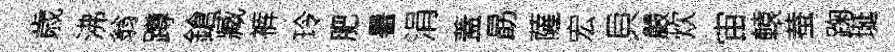
歳沸翁蹲鎗臧裤玲肥暑涓蓋勗薩宏貝嚴炊宙轅蛬踘埏